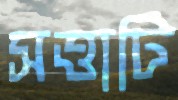
সত্তাটি